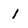
Character: 1